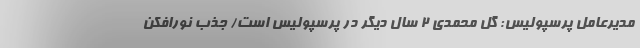
مدیرعامل پرسپولیس: گل محمدی ۲ سال دیگر در پرسپولیس است/ جذب نورافکن